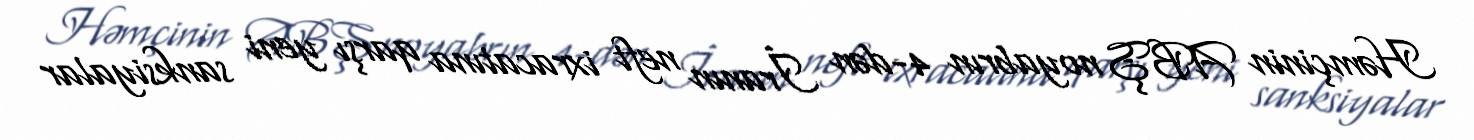
Həmçinin ABŞ noyabrın 4-dən İranın neft ixracatına qarşı yeni sanksiyalar